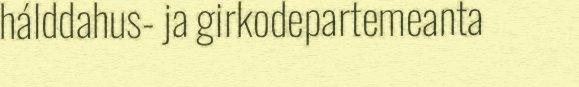
hálddahus- ja girkodepartemeanta